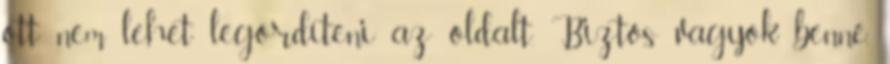
ott nem lehet legördíteni az oldalt. Biztos vagyok benne,